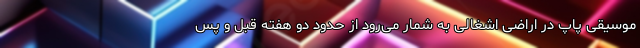
موسیقی پاپ در اراضی اشغالی به شمار می‌رود از حدود دو هفته قبل و پس